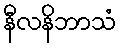
နီလနိဘာသံ